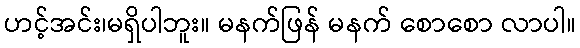
ဟင့်အင်း၊မရှိပါဘူး။ မနက်ဖြန် မနက် စောစော လာပါ။